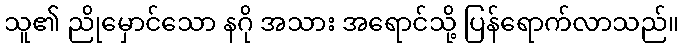
သူ၏ ညိုမှောင်သော နဂို အသား အရောင်သို့ ပြန်ရောက်လာသည်။